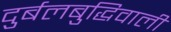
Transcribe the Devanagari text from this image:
दुर्बलबुद्धिवाली